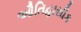
ઔતિહાસીક